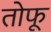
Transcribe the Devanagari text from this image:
तोफू